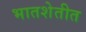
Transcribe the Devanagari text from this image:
भातशेतीत